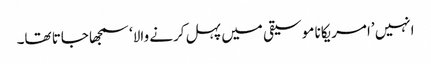
انہیں ’امریکانا موسیقی میں پہل کرنے والا‘ سمجھا جاتا تھا۔